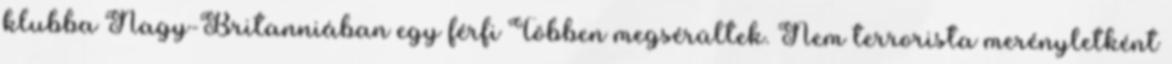
klubba Nagy-Britanniában egy férfi Többen megsérültek. Nem terrorista merényletként